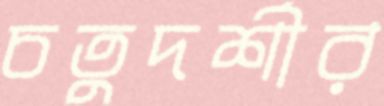
চতুদর্শীর